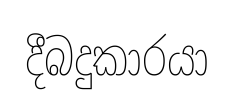
දීබදුකාරයා